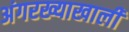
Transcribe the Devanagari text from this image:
अंगरख्याखाली